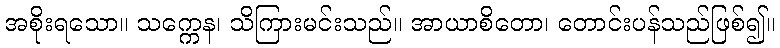
အစိုးရသော။ သက္ကေန၊ သိကြားမင်းသည်။ အာယာစိတော၊ တောင်းပန်သည်ဖြစ်၍။